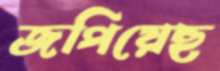
জপিয়েছ